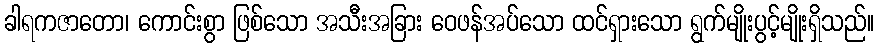
ခါရကဇာတော၊ ကောင်းစွာ ဖြစ်သော အသီးအခြား ဝေဖန်အပ်သော ထင်ရှားသော ရွက်မျိုးပွင့်မျိုးရှိသည်။